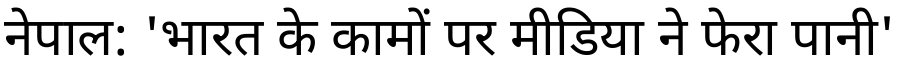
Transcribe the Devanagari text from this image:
नेपाल: 'भारत के कामों पर मीडिया ने फेरा पानी'